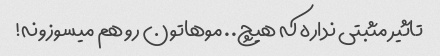
تاثیر مثبتی نداره که هیچ.. موهاتون رو هم میسوزونه!